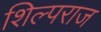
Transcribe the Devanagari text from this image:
शिल्पराज